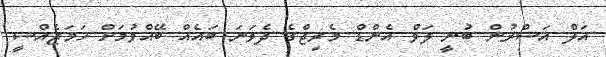
އަލް އަސްރުން ބުނީ ލަވް އެންޑް މެރިޖްގެ ދެވަނަ ބައެއް ބޭއްވުމަށް ހަމަޖެއްސީ